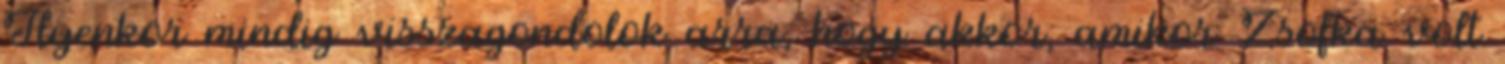
Ilyenkor mindig visszagondolok arra, hogy akkor, amikor Zsofka volt